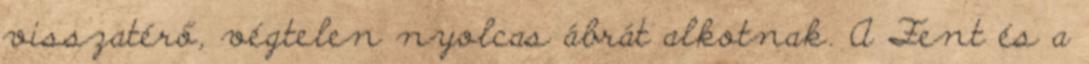
visszatérő, végtelen nyolcas ábrát alkotnak. A Fent és a